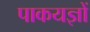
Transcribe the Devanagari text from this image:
पाकयज्ञों